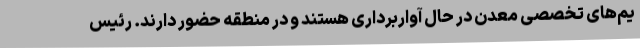
یم‌های تخصصی معدن در حال آواربرداری هستند و در منطقه حضور دارند. رئیس